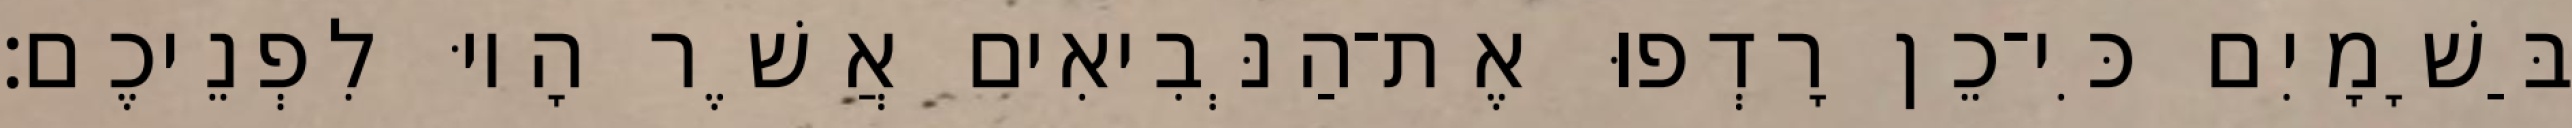
בַּשָׁמָיִם כִּי־כֵן רָדְפוּ אֶת־הַנְּבִיאִים אֲשֶׁר הָיוּ לִפְנֵיכֶם׃